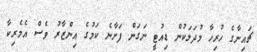
ޗައިނާގެ ހުރިހާ މުދަލަކުން ޑިއުޓީ ނަގަން ފަށާނެ ކަމުގެ އިންޒާރު ވެސް އެމެރިކާ